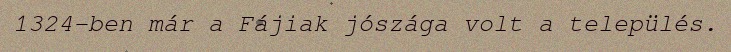
1324-ben már a Fájiak jószága volt a település.